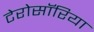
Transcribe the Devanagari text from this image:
टेरोसॉरिया